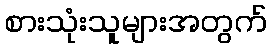
စားသုံးသူများအတွက်